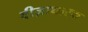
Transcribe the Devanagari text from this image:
वीज़ाधारक